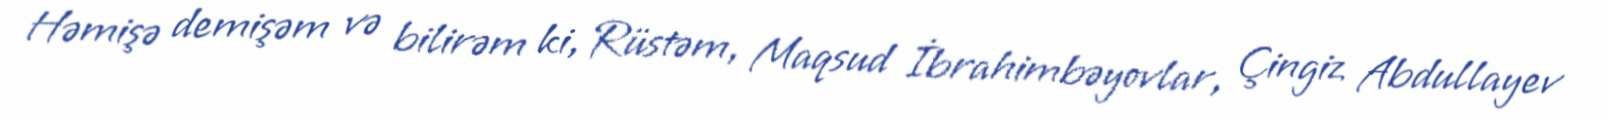
Həmişə demişəm və bilirəm ki, Rüstəm, Maqsud İbrahimbəyovlar, Çingiz Abdullayev